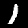
Label: 1